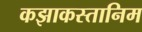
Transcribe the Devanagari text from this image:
कझाकस्तानिम